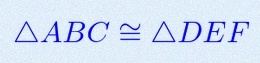
\triangle ABC\cong\triangle DEF